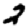
Digit: 2